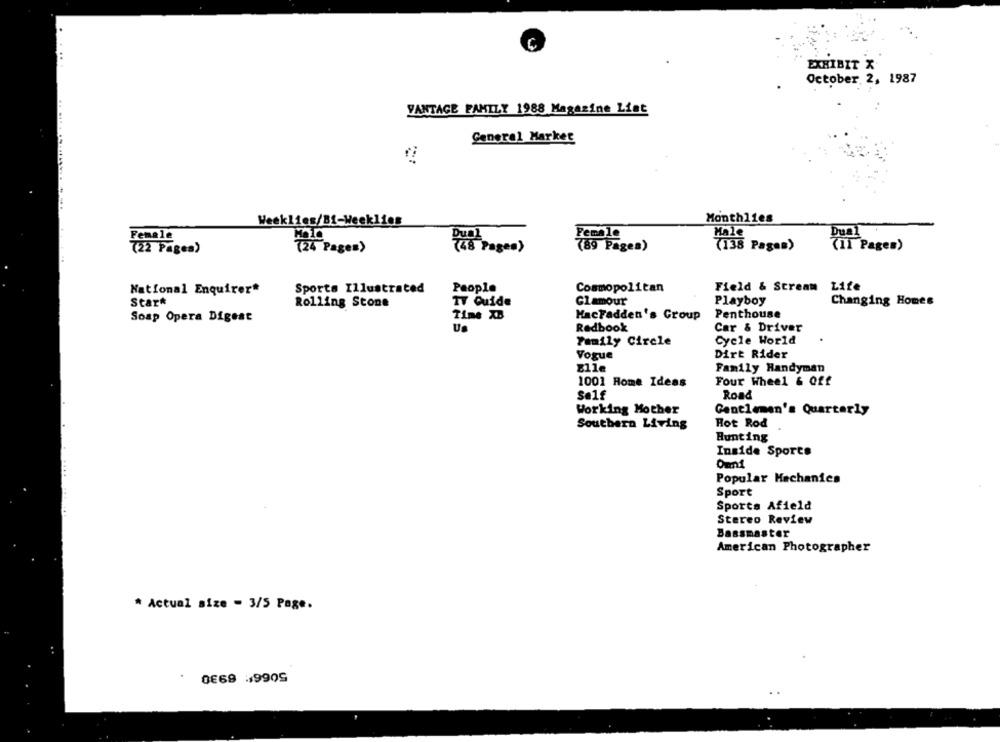
EXHIBIT X
October. 2, 1987
VANTAGE FAMILY 1988 Magazine List
General Market
Weeklies/81-Weeklies
Month11es
Male
Dual
(22 Pages)
(24 Pages)
(138 Pages)
(II Page»)
People
Cosmopolitan
Field & Stream Life
National Enquirer*
Sports Illustrated
Stark
Rolling Stone
TV Guide
Glamour
Playboy
Changing Homes
Soap Opera Digest
Time XB
HacFadden's Group
Penthouse
Us
Redbook
Car & Driver
Family Circle
Cycle World
Vogue
Dirt Rider
Elle
Family Handyman
1001 Rome Ideas
Four Wheel & off
Self
Road
Working Mother
Gentlemen's Quarterly
Hot Rod
Southern Living
Hunting
Inside Sports
Popular Mechanics
Sport
Sports Afield
Stereo Review
Bassmaster
American Photographer
* Actual size - 3/5 Page.
0€69 119909